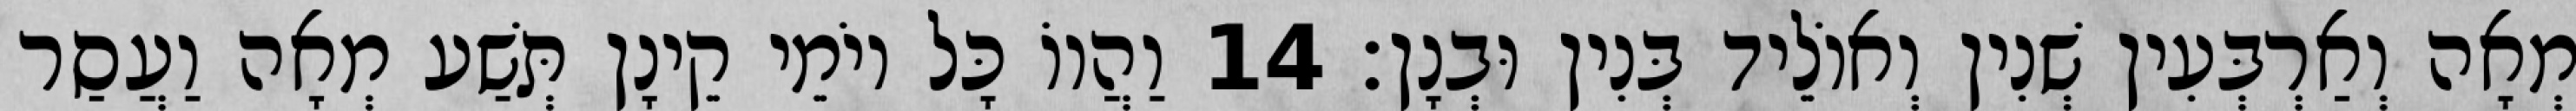
מְאָה וְאַרְבְּעִין שְׁנִין וְאוֹלֵיד בְּנִין וּבְנָן׃ 14 וַהֲווֹ כָּל יוֹמֵי קֵינָן תְּשַׁע מְאָה וַעֲסַר